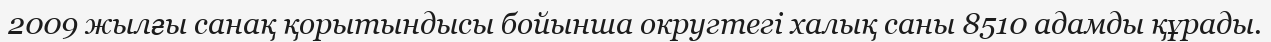
2009 жылғы санақ қорытындысы бойынша округтегі халық саны 8510 адамды құрады.